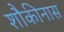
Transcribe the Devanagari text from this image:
शौकीनास